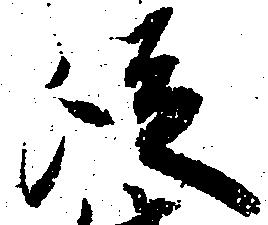
従